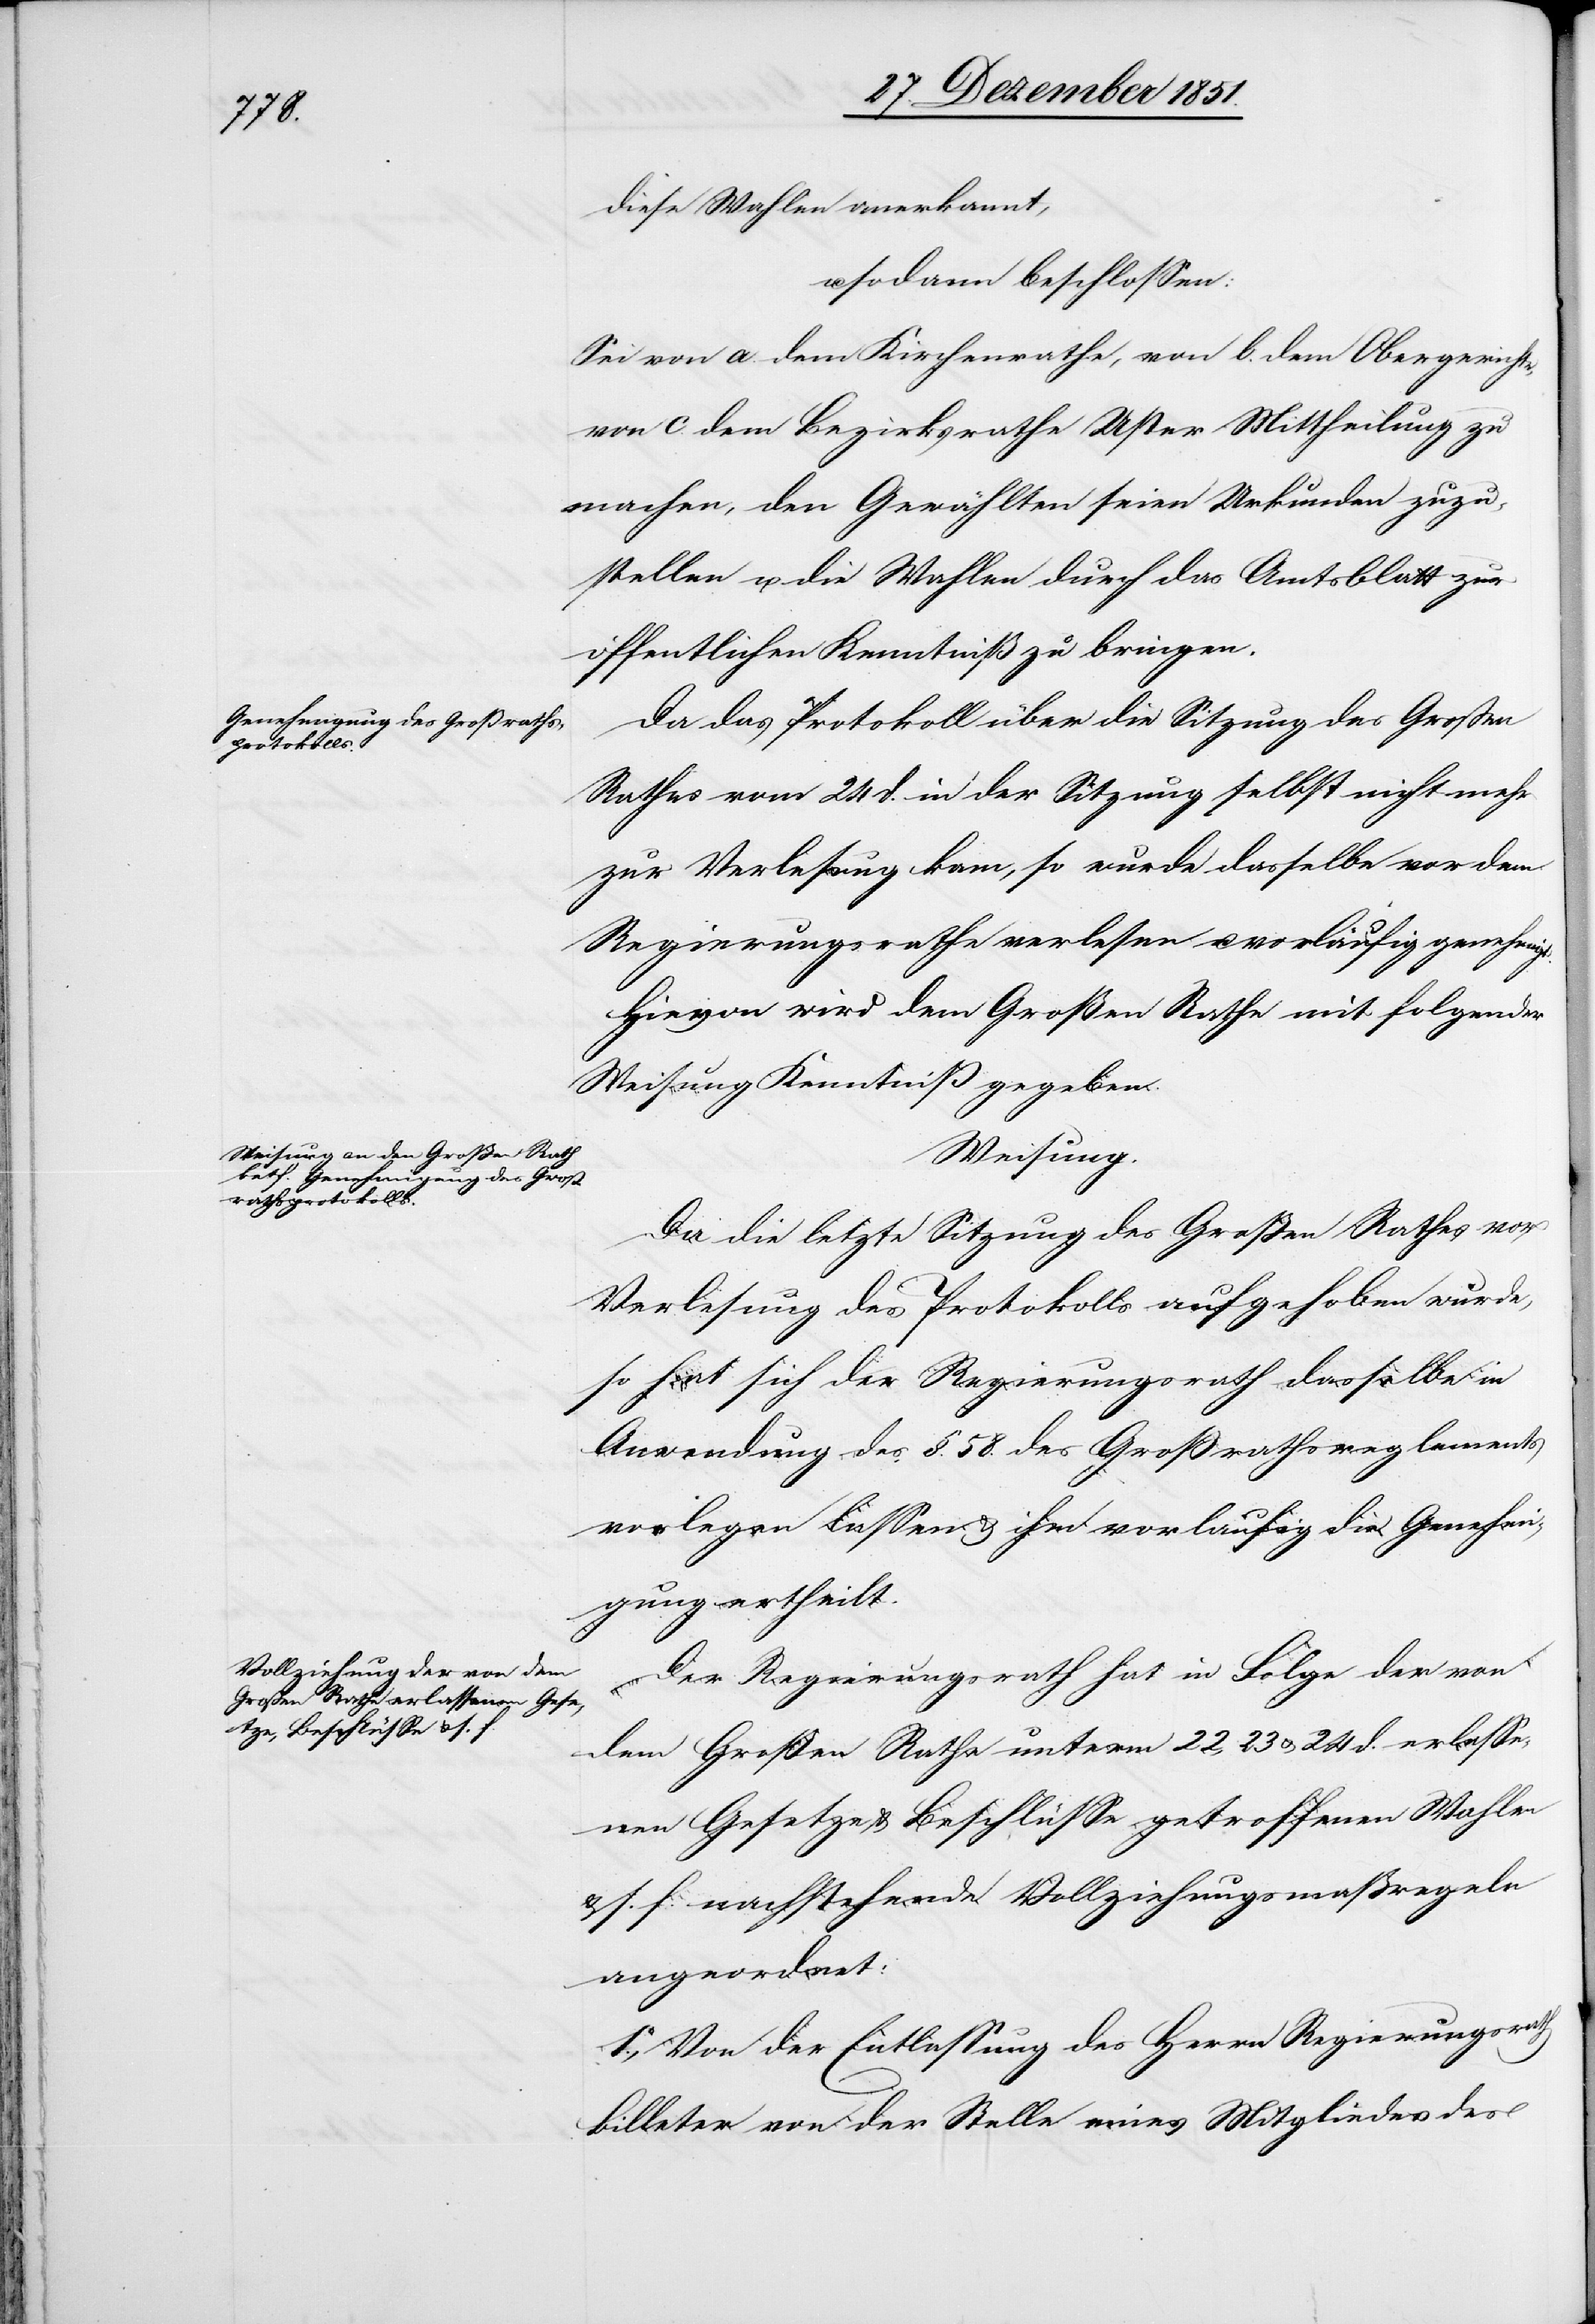
diese Wahlen anerkannt,
u. sodann beschlossen:
Sei von a. dem Kirchenrathe, von b. dem Obergerichte,
von c. dem Bezirksrathe Uster Mittheilung zu
machen, den Gewählten seien Urkunden zuzu¬
stellen u. die Wahlen durch das Amtsblatt zur
öffentlichen Kenntniß zu bringen.
Da das Protokoll über die Sitzung des Großen
Rathes vom 24 d. in der Sitzung selbst nicht mehr
zur Verlesung kam, so wurde dasselbe vor dem
Regierungsrathe verlesen u. vorläufig genehmigt.
Hievon wird dem Großen Rathe mit folgender
Weisung Kenntniß gegeben.
Weisung.
Da die letzte Sitzung des Großen Rathes vor
Verlesung des Protokolls aufgehoben wurde,
so hat sich der Regierungsrath dasselbe in
Anwendung des §. 58. des Großrathsreglements
vorlegen lassen & ihm vorläufig die Genehmi¬
gung ertheilt.
Der Regierungsrath hat in Folge der von
dem Großen Rathe unterm 22, 23 & 24 d. erlasse¬
nen Gesetze & Beschlüsse getroffenen Wahlen
& s. f. nachstehende Vollziehungsmaßregeln
angeordnet:
1.o, Von der Entlassung des Herrn Regierungsrath
Billeter von der Stelle eines Mitgliedes des